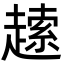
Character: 䞽